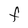
Character: F